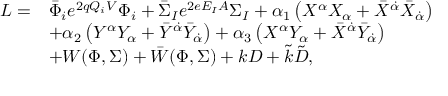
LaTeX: \begin{array} { r l } { { { \cal L } = } } & { { \bar { \Phi } _ { i } e ^ { 2 q Q _ { i } { \cal V } } \Phi _ { i } + \bar { \Sigma } _ { I } e ^ { 2 e E _ { I } { \cal A } } \Sigma _ { I } + \alpha _ { 1 } \left( X ^ { \alpha } X _ { \alpha } + \bar { X } ^ { \dot { \alpha } } \bar { X } _ { \dot { \alpha } } \right) } } \\ { { } } & { { + \alpha _ { 2 } \left( Y ^ { \alpha } Y _ { \alpha } + \bar { Y } ^ { \dot { \alpha } } \bar { Y } _ { \dot { \alpha } } \right) + \alpha _ { 3 } \left( X ^ { \alpha } Y _ { \alpha } + \bar { X } ^ { \dot { \alpha } } \bar { Y } _ { \dot { \alpha } } \right) } } \\ { { } } & { { + W ( \Phi , \Sigma ) + \bar { W } ( \Phi , \Sigma ) + k D + \tilde { k } \tilde { D } , } } \end{array}